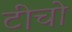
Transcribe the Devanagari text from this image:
टीचो